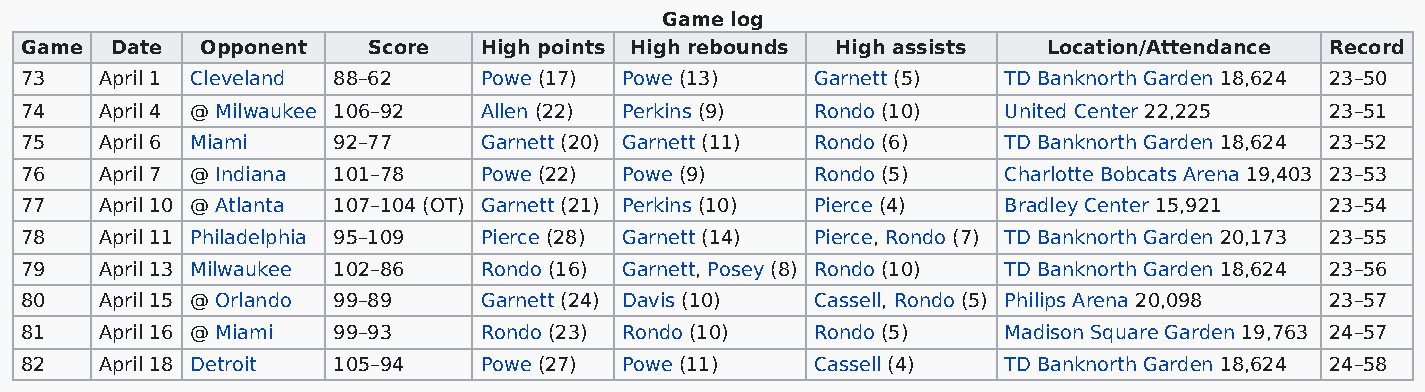
Game log
 Game  Date  Opponent   Score   High points High rebounds High assists Location/Attendance Record
 73    April 1 Cleveland 88–62  Powe (17) Powe (13)   Garnett (5)  TD Banknorth Garden 18,624 23–50
 74    April 4 @ Milwaukee 106–92 Allen (22) Perkins (9) Rondo (10) United Center 22,225 23–51
 75    April 6 Miami  92–77     Garnett (20) Garnett (11) Rondo (6) TD Banknorth Garden 18,624 23–52
 76    April 7 @ Indiana 101–78 Powe (22) Powe (9)    Rondo (5)    Charlotte Bobcats Arena 19,403 23–53
 77    April 10 @ Atlanta 107–104 (OT) Garnett (21) Perkins (10) Pierce (4) Bradley Center 15,921 23–54
 78    April 11 Philadelphia 95–109 Pierce (28) Garnett (14) Pierce, Rondo (7) TD Banknorth Garden 20,173 23–55
 79    April 13 Milwaukee 102–86 Rondo (16) Garnett, Posey (8) Rondo (10) TD Banknorth Garden 18,624 23–56
 80    April 15 @ Orlando 99–89 Garnett (24) Davis (10) Cassell, Rondo (5) Philips Arena 20,098 23–57
 81    April 16 @ Miami 99–93   Rondo (23) Rondo (10) Rondo (5)    Madison Square Garden 19,763 24–57
 82    April 18 Detroit 105–94  Powe (27) Powe (11)   Cassell (4)  TD Banknorth Garden 18,624 24–58